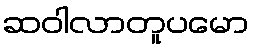
ဆဝါလာတူပမော